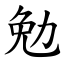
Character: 勉